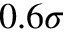
0 . 6 \sigma